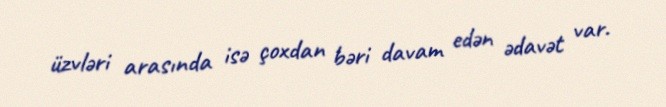
üzvləri arasında isə çoxdan bəri davam edən ədavət var.